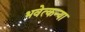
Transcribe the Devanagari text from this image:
भवेत्कन्या